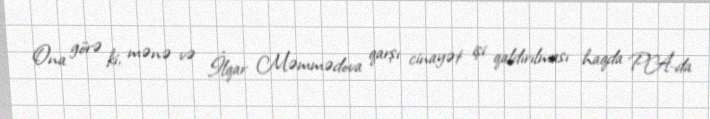
Ona görə ki, mənə və İlqar Məmmədova qarşı cinayət işi qaldırılması haqda PA-da